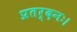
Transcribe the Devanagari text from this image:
प्रतर्दनः।